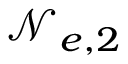
\mathcal N _ { e , 2 }